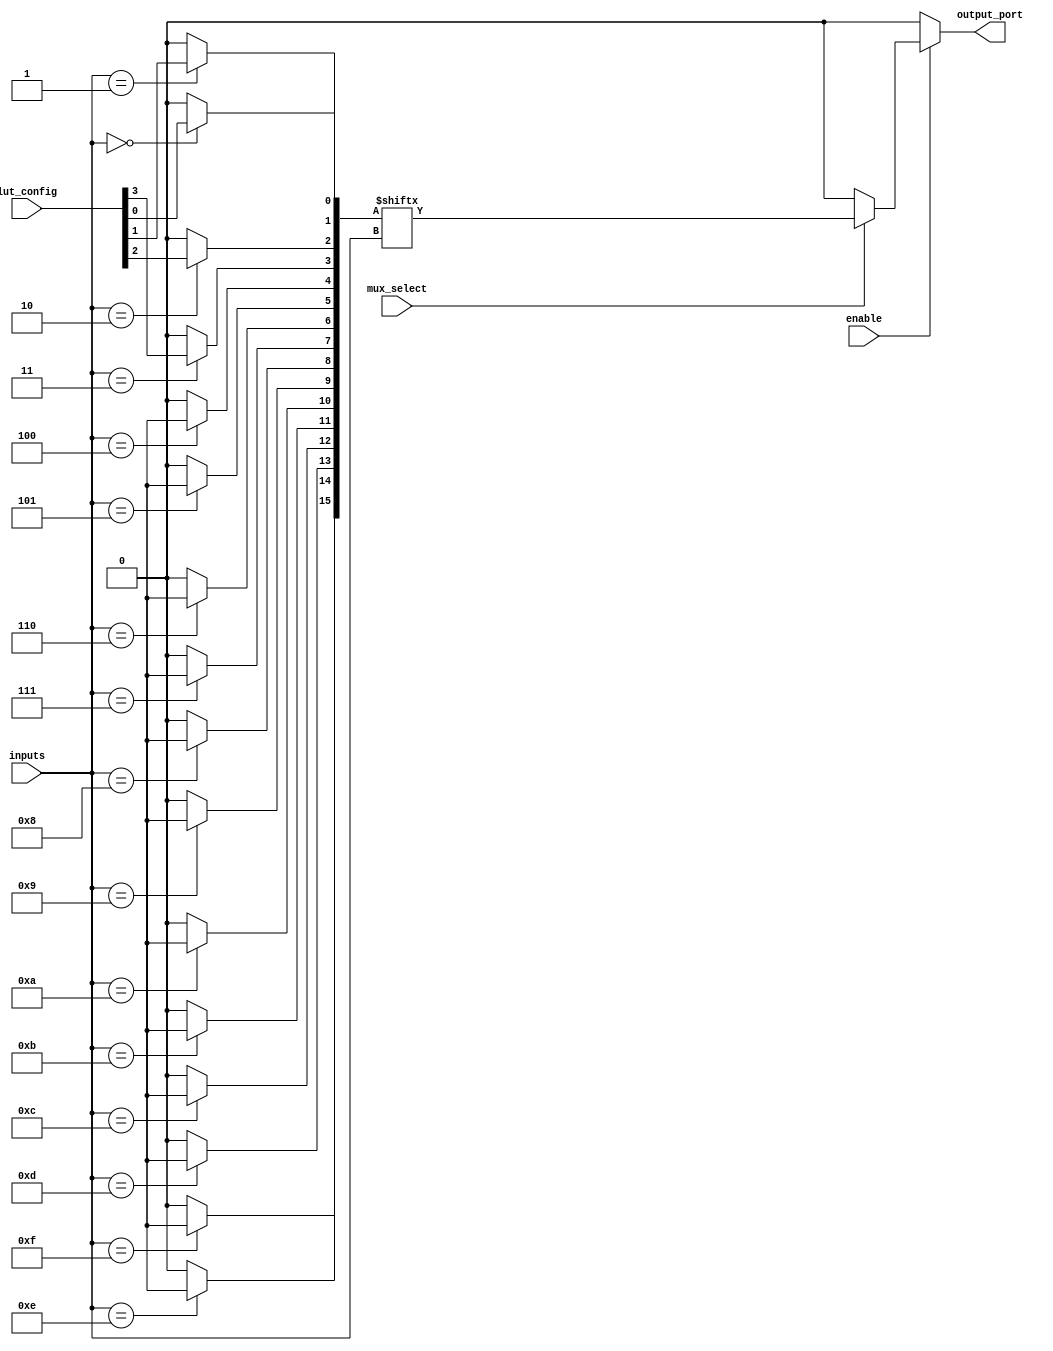
module CLB (
    input wire [3:0] inputs,          // 4 input ports
    input wire [3:0] lut_config,      // LUT configuration (4-bit for 4-input LUT)
    input wire mux_select,            // MUX select signal
    input wire enable,                 // Enable signal for logic cells
    output wire output_port            // Output port
);

    // Internal signals
    wire [15:0] lut_output;           // LUT output (16 possible combinations for 4 inputs)
    wire mux_output;                  // MUX output

    // 4-input LUT implementation
    // The LUT is configured based on the lut_config input
    generate
        genvar i;
        for (i = 0; i < 16; i = i + 1) begin : lut
            assign lut_output[i] = (inputs == i) ? lut_config[i[3:0]] : 1'b0;
        end
    endgenerate

    // MUX to select between LUT output and a constant value (e.g., 0)
    assign mux_output = (mux_select) ? lut_output[inputs] : 1'b0;

    // Enable logic cell output
    assign output_port = enable ? mux_output : 1'b0;

endmodule